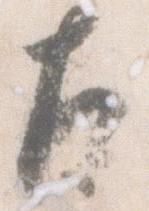
左